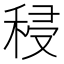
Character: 𮃆